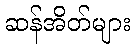
ဆန်အိတ်များ